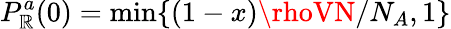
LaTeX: P_{\mathbb{R}}^{a}(0)=\mathrm{{min}}\{ (1-x)\rhoVN/N_{A},1\}